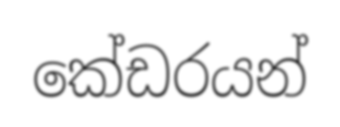
කේඩරයන්